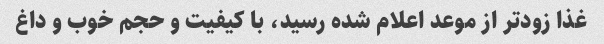
غذا زودتر از موعد اعلام شده رسید، با کیفیت و حجم خوب و داغ